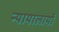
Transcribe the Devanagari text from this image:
न्यायालायों